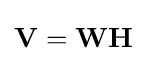
\mathbf {V} =\mathbf {W} \mathbf {H}